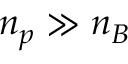
n _ { p } \gg n _ { B }